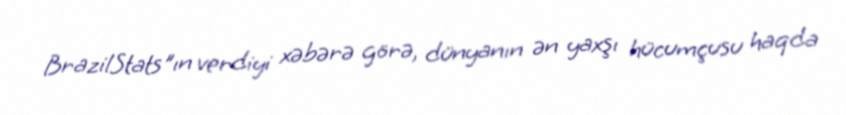
BrazilStats"ın verdiyi xəbərə görə, dünyanın ən yaxşı hücumçusu haqda